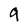
Character: 9